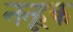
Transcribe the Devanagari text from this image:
नन्हूक